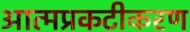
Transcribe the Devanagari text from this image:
आत्मप्रकटीकरण